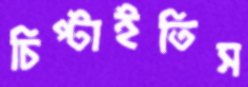
চিপ্‌টাইতিস